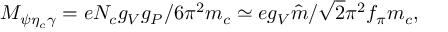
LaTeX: M _ { \psi \eta _ { c } \gamma } = e N _ { c } g _ { V } g _ { P } / 6 \pi ^ { 2 } m _ { c } \simeq e g _ { V } \hat { m } / \sqrt { 2 } \pi ^ { 2 } f _ { \pi } m _ { c } ,